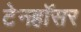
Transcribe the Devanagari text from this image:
टेनहॉसर